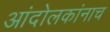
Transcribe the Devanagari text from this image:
आंदोलकांनाच